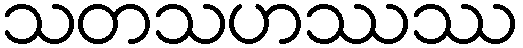
သတသဟဿဿ